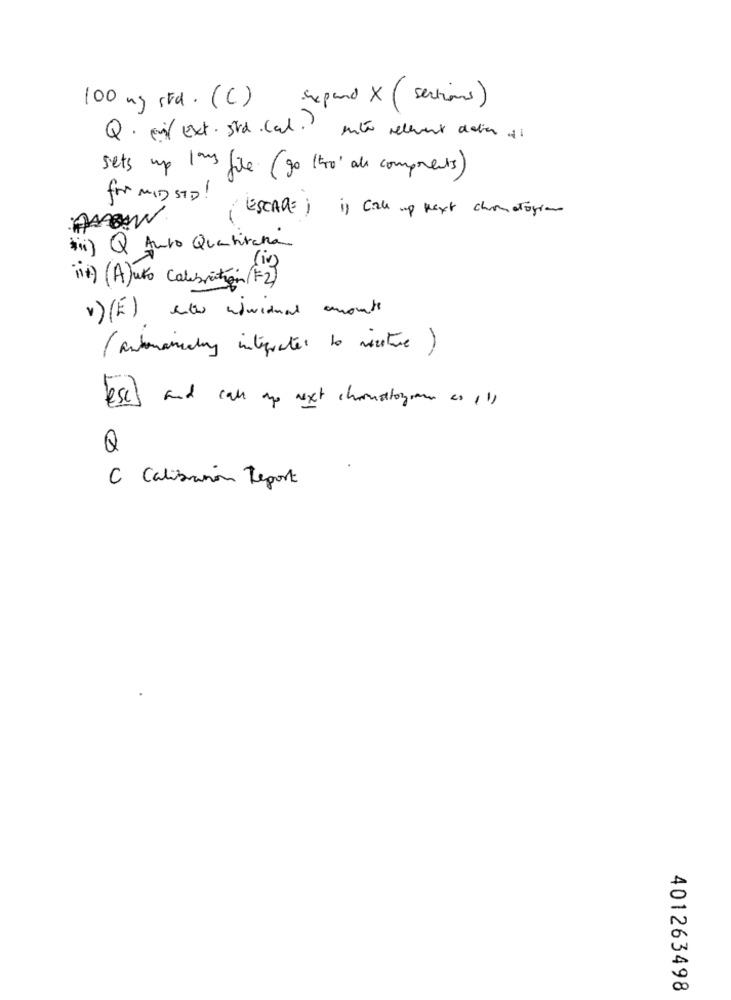
Expand X ( sections)
100 mg std. (C)
Q. mir Ext. 5td.Cad. inte relevent dation of
sets up 1ans file (go 'o' all components)
for MID STD! (ESCAPE; 1) Call up next chronologia
*ii) Q Anto Quantiraha
(iii) ( A)uto Calsiation ( F2)
v) (E) et wiwidual amounts
( automariahay integrates to ricetive )
esas and call to next choruslogi as II)
Q
C Calibration Report
401263498